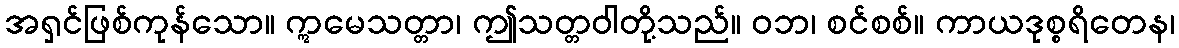
အရှင်ဖြစ်ကုန်သော။ ဣမေသတ္တာ၊ ဤသတ္တဝါတို့သည်။ ဝဘ၊ စင်စစ်။ ကာယဒုစ္စရိတေန၊